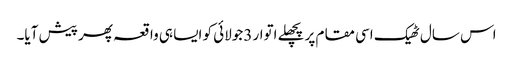
اس سال ٹھیک اسی مقام پر پچھلے اتوار 3جولائی کو ایسا ہی واقعہ پھر پیش آیا۔